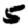
Digit: 5